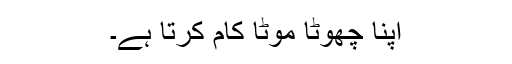
اپنا چھوٹا موٹا کام کرتا ہے۔